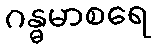
ဂန္ဓမာစရေ